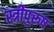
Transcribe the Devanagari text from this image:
स्त्रीपुरूष